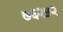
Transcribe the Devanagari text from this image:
७६२५२